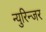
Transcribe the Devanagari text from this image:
न्युरिन्जर